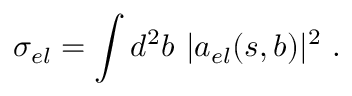
\sigma _ { e l } = \int d ^ { 2 } b \, \, \vert a _ { e l } ( s , b ) \vert ^ { 2 } \, \, .